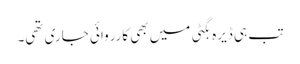
تب ہی ڈیرہ بگٹی میں بھی کارروائی جاری تھی۔